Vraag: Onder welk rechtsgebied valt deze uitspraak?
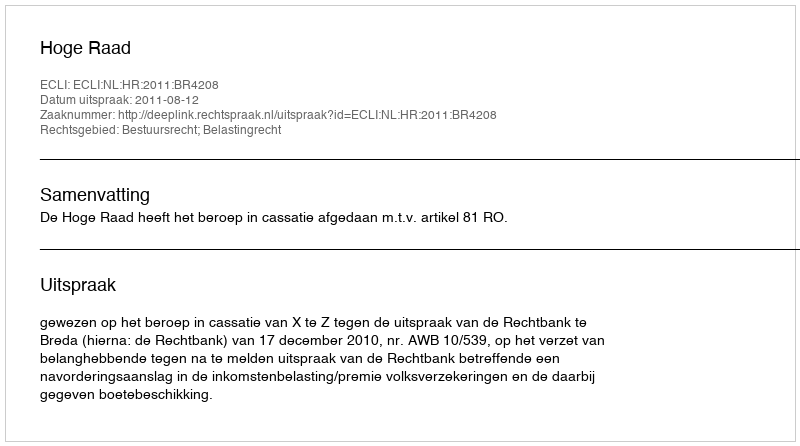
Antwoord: Bestuursrecht; Belastingrecht